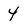
Character: 4